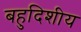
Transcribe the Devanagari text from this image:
बहुदिशीय